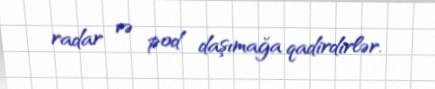
radar və pod daşımağa qadirdirlər.